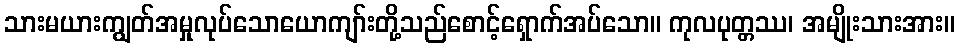
သားမယားကျွတ်အမှုလုပ်သောယောကျာ်းတို့သည်စောင့်ရှောက်အပ်သော။ ကုလပုတ္တဿ၊ အမျိုးသားအား။